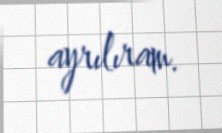
ayrılıram.